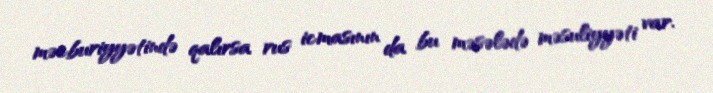
məcburiyyətində qalırsa rus icmasının da bu məsələdə məsuliyyəti var.